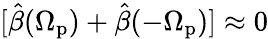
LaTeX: [\hat{\beta}(\Omega_{\mathrm{p}})+\hat{\beta}(-\Omega_{\mathrm{p}})]\approx 0